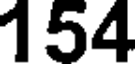
154